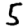
Digit: 5